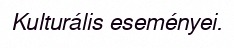
Kulturális eseményei.